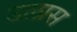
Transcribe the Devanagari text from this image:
उलास